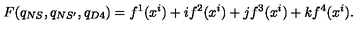
F ( q _ { N S } , q _ { N S ^ { \prime } } , q _ { D 4 } ) = f ^ { 1 } ( x ^ { i } ) + i f ^ { 2 } ( x ^ { i } ) + j f ^ { 3 } ( x ^ { i } ) + k f ^ { 4 } ( x ^ { i } ) .